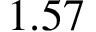
1 . 5 7